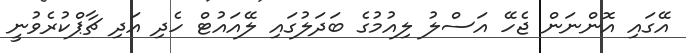
އޭގައި އޮންނަން ޖެހޭ އަސްލު ލިއުމުގެ ބަދަލުގައި ލޭއައުޓް ހެދި އަދި ޗާޕްކުރެވުނީ